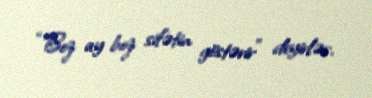
“Boz ay boz sifətin göstərir” deyirlər.